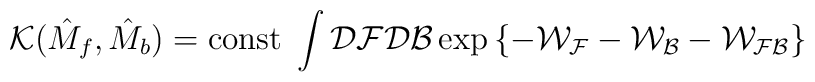
{\mathcal{K}}(\hat{M}_f,\hat{M}_b)=\mbox{const}\;\int{\mathcal{D}}{\mathcal{F}}{\mathcal{D}}{\mathcal{B}}\exp\left\{-{\mathcal{W_{F}}}-{\mathcal{W_{B}}}-{\mathcal{W_{FB}}}\right\}